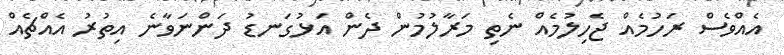
އެއްވެސް ރަހުމެއް ޖެހިލުމެއް ނެތި މަރާލުމުން ދެން އަޅުގަނޑު ދަންނަވާނެ އިތުރު އެއްޗެއް